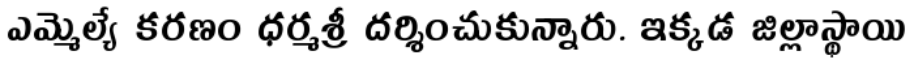
ఎమ్మెల్యే కరణం ధర్మశ్రీ దర్శించుకున్నారు. ఇక్కడ జిల్లాస్థాయి